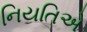
નિયતિએ